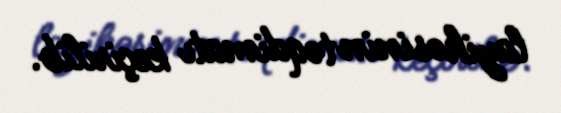
layihəsinin təqdimatı keçirilib.